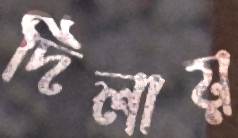
দিলায়